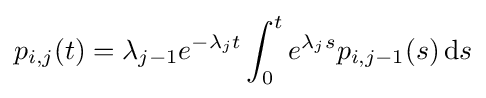
p_{i,j}(t)=\lambda _{j-1}e^{-\lambda _{j}t}\int _{0}^{t}e^{\lambda _{j}s}p_{i,j-1}(s)\,{\text{d}}s